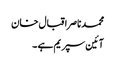
محمدناصراقبال خان
آئین سپریم ہے ۔